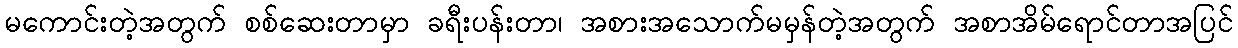
မကောင်းတဲ့အတွက် စစ်ဆေးတာမှာ ခရီးပန်းတာ၊ အစားအသောက်မမှန်တဲ့အတွက် အစာအိမ်ရောင်တာအပြင်